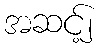
အဆင့်၂